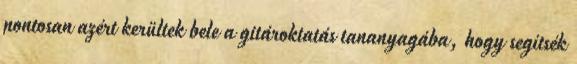
pontosan azért kerültek bele a gitároktatás tananyagába, hogy segítsék